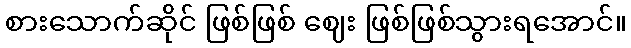
စားသောက်ဆိုင် ဖြစ်ဖြစ် ဈေး ဖြစ်ဖြစ်သွားရအောင်။